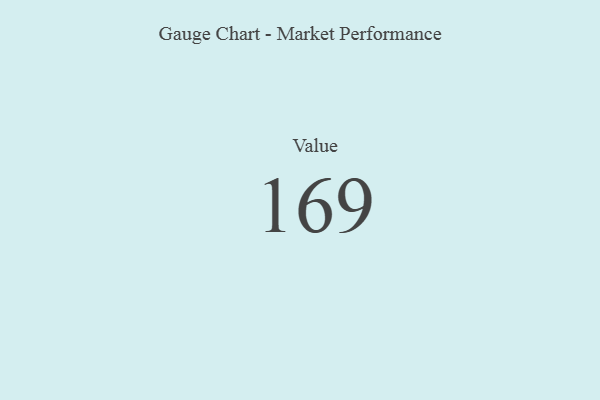
{"axis": {"x": "Metric", "y": "Value"}, "legend": [""], "data": [{"x": "Value", "y": 169, "type": ""}]}